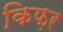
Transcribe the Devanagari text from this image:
किफ़र